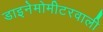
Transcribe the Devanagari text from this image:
डाइनेमोमीटरवाली